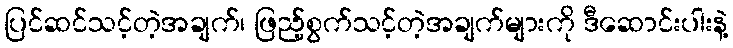
ပြင်ဆင်သင့်တဲ့အချက်၊ ဖြည့်စွက်သင့်တဲ့အချက်များကို ဒီဆောင်းပါးနဲ့